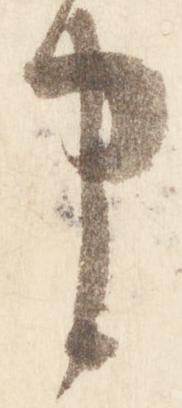
申